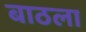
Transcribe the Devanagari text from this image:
बाठला